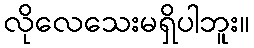
လိုလေသေးမရှိပါဘူး။